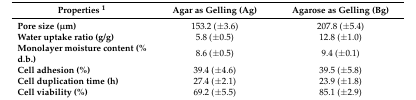
<table><thead><tr><td><b>Properties <sup>1</sup></b></td><td><b>Agar as Gelling (Ag)</b></td><td><b>Agarose as Gelling (Bg)</b></td></tr></thead><tbody><tr><td><b>Pore size (μm)</b></td><td>153.2 (±3.6)</td><td>207.8 (±5.4)</td></tr><tr><td><b>Water uptake ratio (g/g)</b></td><td>5.8 (±0.5)</td><td>12.8 (±1.0)</td></tr><tr><td><b>Monolayer moisture content (% d.b.)</b></td><td>8.6 (±0.5)</td><td>9.4 (±0.1)</td></tr><tr><td><b>Cell adhesion (%)</b></td><td>39.4 (±4.6)</td><td>39.5 (±5.8)</td></tr><tr><td><b>Cell duplication time (h)</b></td><td>27.4 (±2.1)</td><td>23.9 (±1.8)</td></tr><tr><td><b>Cell viability (%)</b></td><td>69.2 (±5.5)</td><td>85.1 (±2.9)</td></tr></tbody></table>